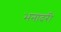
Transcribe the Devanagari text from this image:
भनादरी